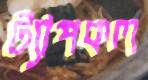
ট্যাপকল